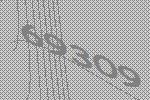
69309